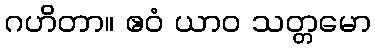
ဂဟိတာ။ ဧဝံ ယာဝ သတ္တမော